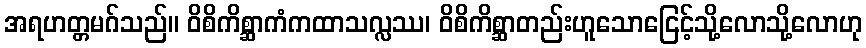
အရဟတ္တမဂ်သည်။ ဝိစိကိစ္ဆာကံကထာသလ္လဿ၊ ဝိစိကိစ္ဆာတည်းဟူသောငြေင့်သို့လောသို့လောဟု